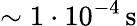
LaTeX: {\sim 1\cdot 10^{-4}\, \mathrm{s}}